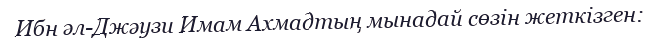
Ибн әл-Джәузи Имам Ахмадтың мынадай сөзін жеткізген: